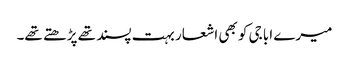
میرے ابا جی کو بھی اشعار بہت پسند تھے پڑھتے تھے۔